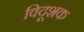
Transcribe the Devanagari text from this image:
विदूशक